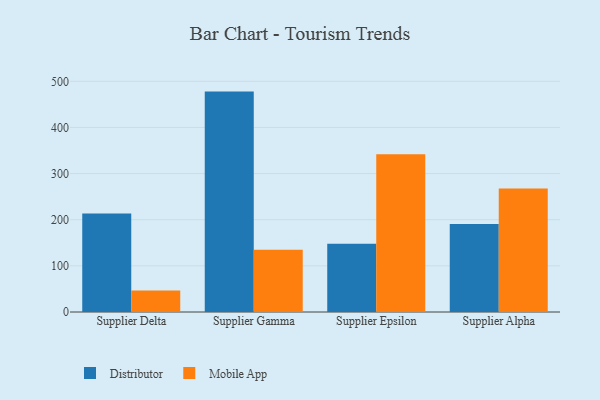
{"axis": {"x": "Supplier", "y": "Satisfaction Score"}, "legend": ["Distributor", "Mobile App"], "data": [{"x": "Supplier Delta", "y": 213.7, "type": "Distributor"}, {"x": "Supplier Delta", "y": 46.5, "type": "Mobile App"}, {"x": "Supplier Gamma", "y": 477.7, "type": "Distributor"}, {"x": "Supplier Gamma", "y": 134.8, "type": "Mobile App"}, {"x": "Supplier Epsilon", "y": 147.9, "type": "Distributor"}, {"x": "Supplier Epsilon", "y": 341.9, "type": "Mobile App"}, {"x": "Supplier Alpha", "y": 191.0, "type": "Distributor"}, {"x": "Supplier Alpha", "y": 267.7, "type": "Mobile App"}]}